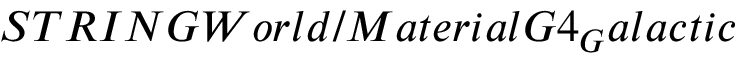
S T R I N G W o r l d / M a t e r i a l G 4 _ { G } a l a c t i c